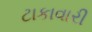
ટાકાવારી